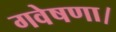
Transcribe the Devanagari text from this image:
गवेषणा।